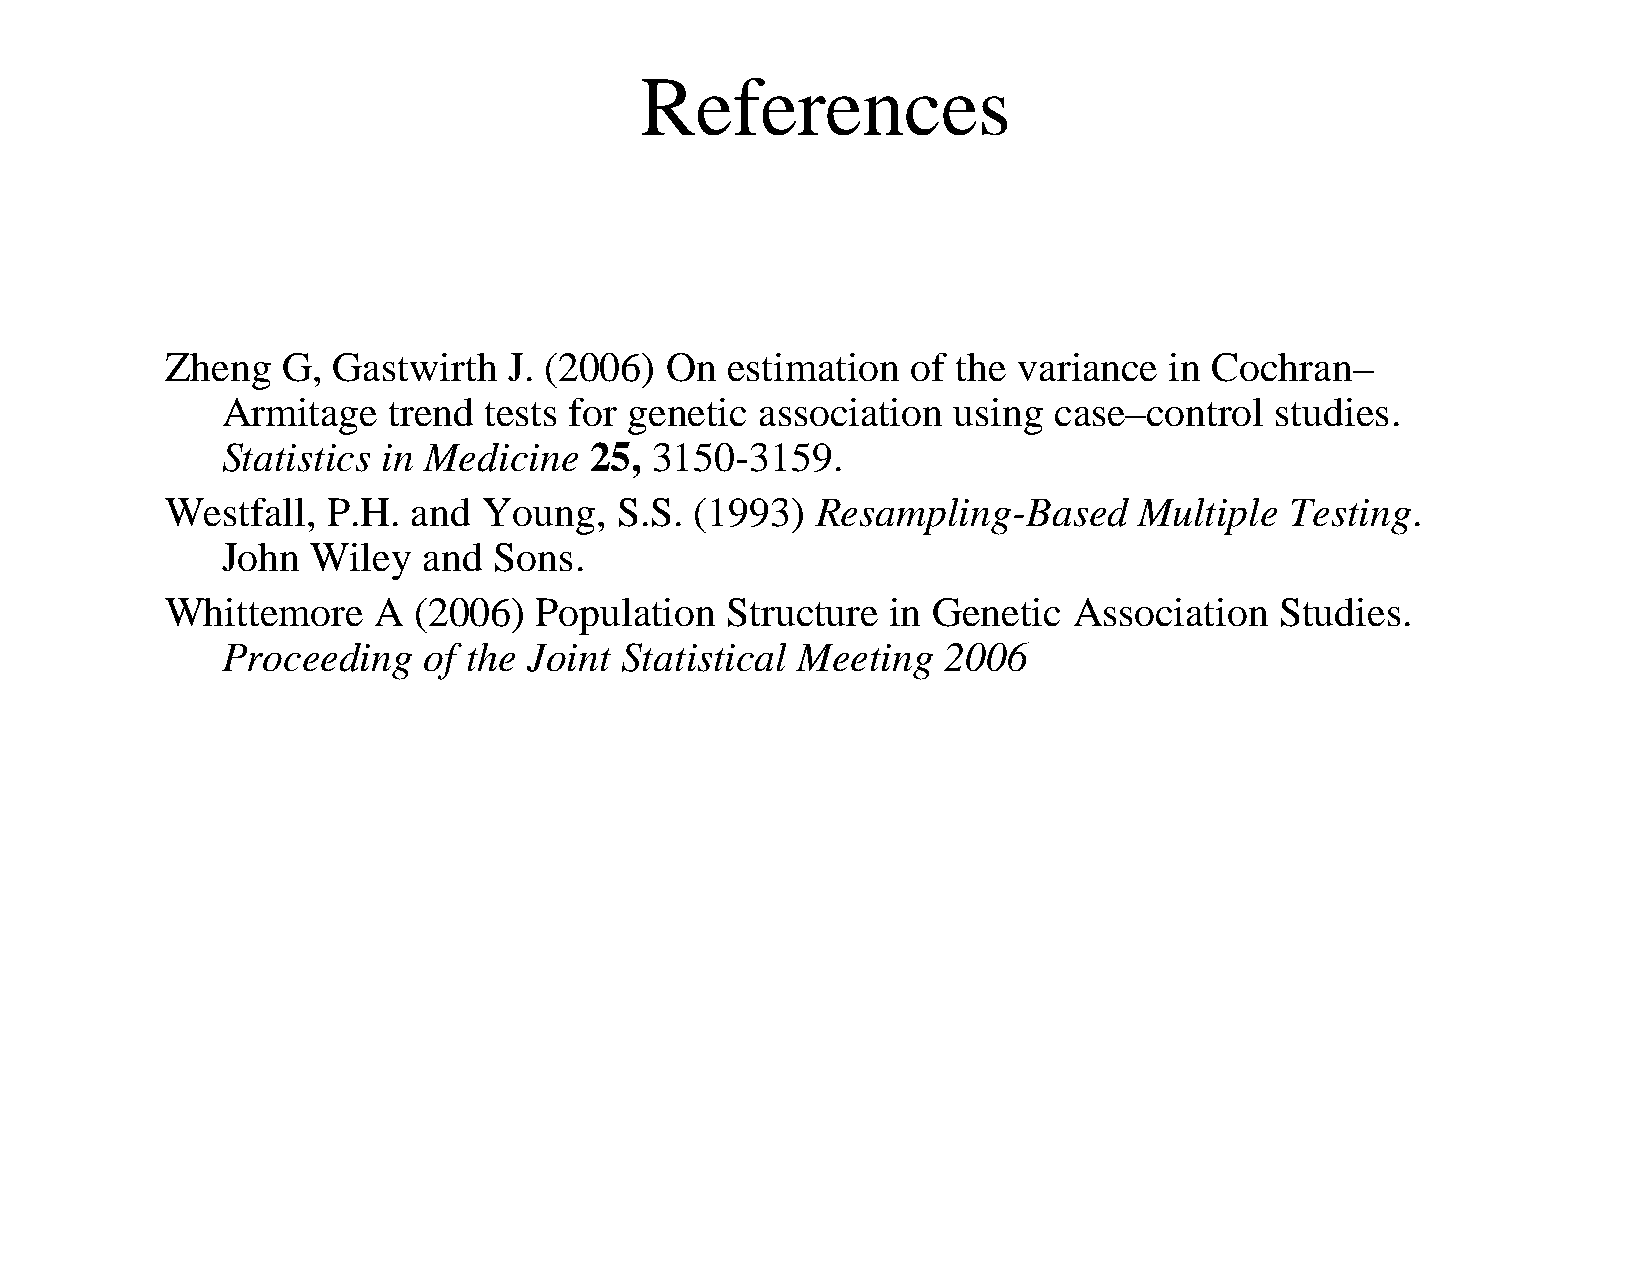
References
 Zheng   G, Gastwirth   J. (2006) On  estimation  of the variance  in Cochran–
 Armitage   trend tests for genetic association  using  case–control  studies.
 Statistics in Medicine  25, 3150-3159.
 Westfall,  P.H. and  Young,   S.S. (1993)  Resampling-Based     Multiple  Testing.
 John  Wiley  and  Sons.
 Whittemore    A (2006)  Population   Structure  in Genetic  Association   Studies.
 Proceeding   of the Joint Statistical Meeting   2006